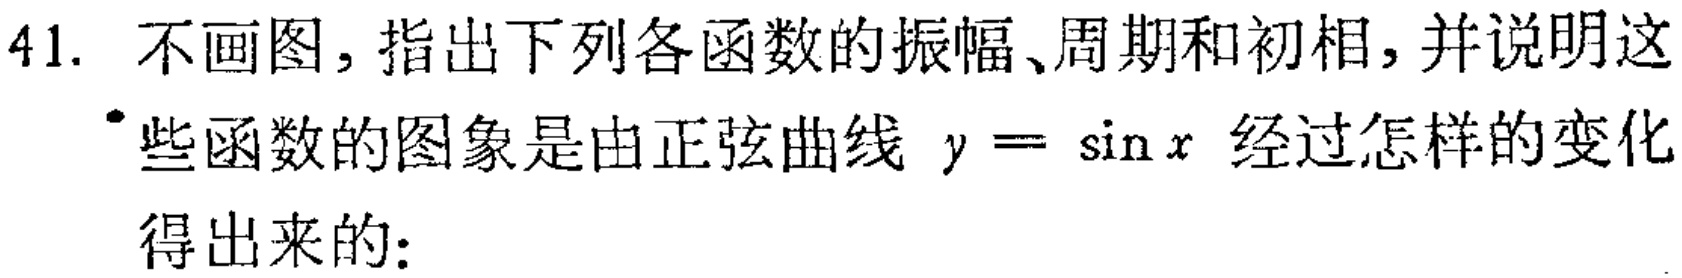
41. 不画图，指出下列各函数的振幅、周期和初相，并说明这些函数的图象是由正弦曲线 \(y = \sin x\) 经过怎样的变化得出来的：